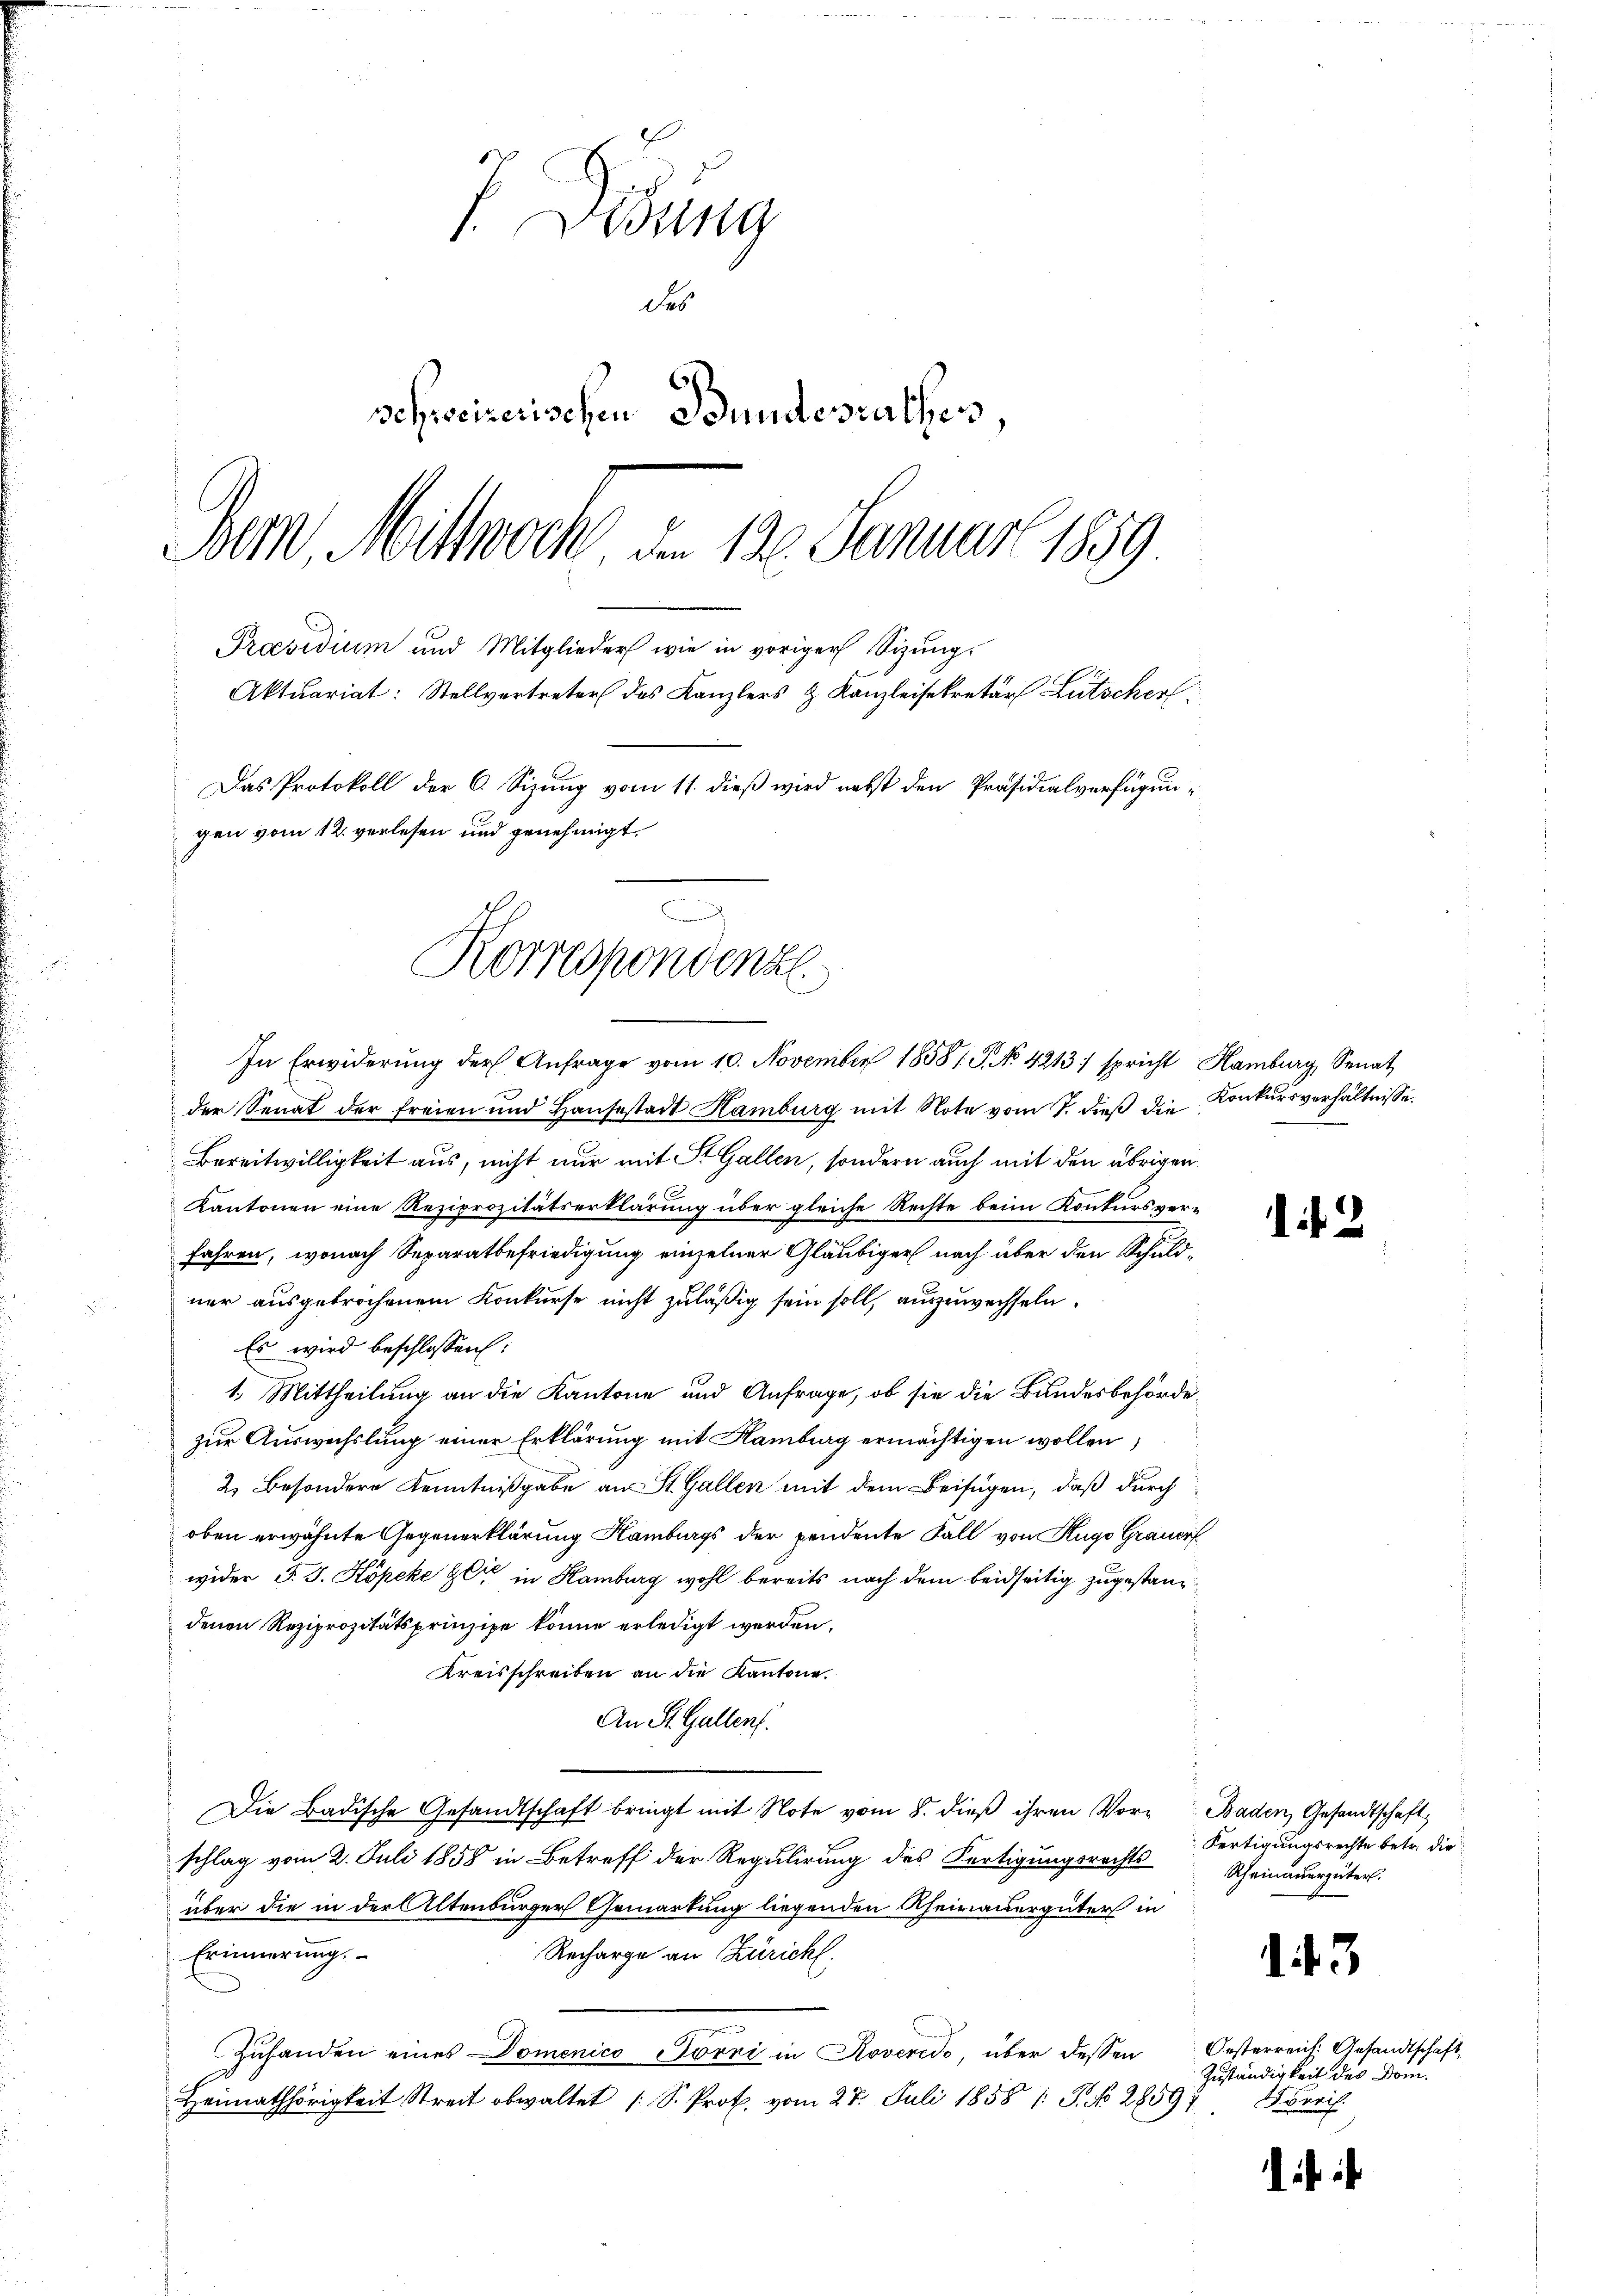
J Didung
des
r
schweizerischen Stundesrathes
Bern, Mittwoch, den 120. Januar 1859
Praesidium und Mitglieder wie in voriger Sizungs
Aktuariat: Stellvertreter des Kanzlers & Kanzleisekretär Lütscher
Das Protokoll der C. Sizung vom 11. dieß wird nebst den Präsidialverfügungen vom 12. verlesen und genehmigt.

Korrespondenz
In Erwiderung der Anfrage vom 10. November 1858/. G. No 4213) spricht Hamburg, Senat

der Senat der freien und Haŭsestadt Hamburg mit Note vom 7. dieβ die Konkŭrsverhältnisse
Bereitwilligkeit aus, nicht nur mit St. Gallen, sondern auch mit den übrigen
Kantonen eine Reziprozitätserklärung über gleiche Rechte beim Konkursverfahren, wonach Separatbefriedigung einzelner Gläubiger nach über den Schuldner ausgebrochenem Konkurse nicht zuläßig sein soll, auszuwechseln.
Es wird beschlossen:
1. Mittheilung an die Kantone und Anfrage, ob sie die Bundesbehörde
zur Auswechslung einer Erklärung mit Hamburg ermächtigen wollen,
2. Besondere Kenntnißgabe aus St. Gallen mit dem Beifügen, daß durch
oben erwähnte Gegenerklärung Hamburgs der pendente Fall von Hugo Grauerf
wider J. J. Kopeke er in Hamburg wohl bereits nach dem beidseitig zugestanzdenen Reziprozitätsprinzipe könne erledigt werden.
Kreisschreiben an die Kantone.
An St. Gallenf
Die Badische Gesandtschaft bringt mit Note vom 8. dieß ihren Vor- Baden, Gesandtschaft,
schlag vom 2. Juli 1858 in Betreff der Regulirung des Fertigungsrechts
über die in der Altenburger Gemarkung liegenden Rheirauergüter in
Erinnerung.
Recharge an Züricht.
Zuhanden eines Domenico Pörri in Roveredo, über dessen
Heimathörigkeit Streit obwaltet (S. Prof. vom 27. Juli 1858 /: P. No 28597

142

Fertigungsrechte betr. die
Rheinauergüter.

3

Oesterreich. Gesandtschaft,
Zuständigkeit des Dom.
Nonris.